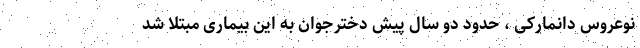
نوعروس دانمارکی ، حدود دو سال پیش دخترجوان به این بیماری مبتلا شد